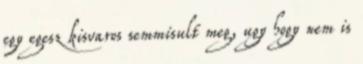
egy egesz kisvaros semmisult meg, ugy hogy nem is